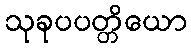
သုခုပပတ္တိယော